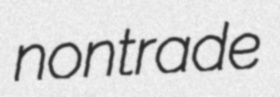
nontrade